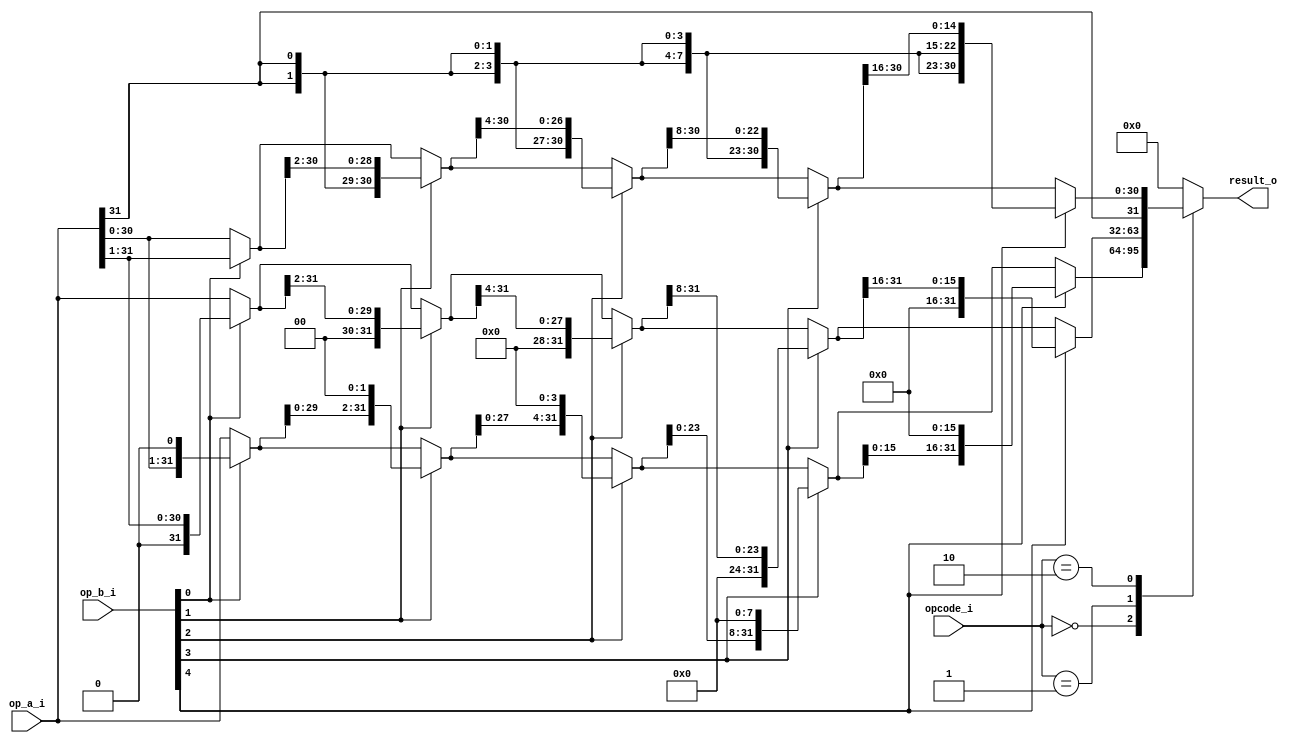
`timescale 1ns / 1ps
//////////////////////////////////////////////////////////////////////////////////
// Company: 
// Engineer: 
// 
// Design Name: 
// Module Name: shift_unit
// Project Name: 
// Target Devices: 
// Tool Versions: 
// Description: 
// alu
// Dependencies: 
// 
// Revision:
// Revision 0.01 - File Created
// Additional Comments:
// 
//////////////////////////////////////////////////////////////////////////////////
module shift_unit #(
    parameter LEFT_SHIFT = 2'b00,
    parameter RIGHT_LOGIC_SHIFT = 2'b01,
    parameter RIGHT_ARITHMETIC_SHIFT = 2'b10,
    parameter UNKNOWN_OPCODE_RESULT = 32'h0
)
(
    input  [31:0] op_a_i,
    input  [31:0] op_b_i,  // 5
    input  [1:0]  opcode_i,
    output [31:0] result_o
    );
    reg [31:0] tmp;
    always @(*) begin
        case(opcode_i)
            LEFT_SHIFT:begin
                tmp = (op_b_i[0]==1'b1)?{op_a_i[30:0], 1'b0}   :op_a_i;
                tmp = (op_b_i[1]==1'b1)?{tmp[29:0],    2'b0}   :tmp;
                tmp = (op_b_i[2]==1'b1)?{tmp[27:0],    4'b0}   :tmp;
                tmp = (op_b_i[3]==1'b1)?{tmp[23:0],    8'b0}   :tmp;
                tmp = (op_b_i[4]==1'b1)?{tmp[15:0],    16'b0}  :tmp;
            end
            RIGHT_LOGIC_SHIFT:begin
                tmp = (op_b_i[0]==1'b1)?{1'b0,  op_a_i[31:1]}:op_a_i;
                tmp = (op_b_i[1]==1'b1)?{2'b0,  tmp[31:2]}   :tmp;
                tmp = (op_b_i[2]==1'b1)?{4'b0,  tmp[31:4]}   :tmp;
                tmp = (op_b_i[3]==1'b1)?{8'b0,  tmp[31:8]}   :tmp;
                tmp = (op_b_i[4]==1'b1)?{16'b0, tmp[31:16]}  :tmp; 
            end
            RIGHT_ARITHMETIC_SHIFT: begin
                tmp = (op_b_i[0]==1'b1)?{{1{op_a_i[31]}},  op_a_i[31:1]}:op_a_i;
                tmp = (op_b_i[1]==1'b1)?{{2{op_a_i[31]}},  tmp[31:2]}   :tmp;
                tmp = (op_b_i[2]==1'b1)?{{4{op_a_i[31]}},  tmp[31:4]}   :tmp;
                tmp = (op_b_i[3]==1'b1)?{{8{op_a_i[31]}},  tmp[31:8]}   :tmp;
                tmp = (op_b_i[4]==1'b1)?{{16{op_a_i[31]}}, tmp[31:16]}  :tmp; 
            end
            default: tmp = UNKNOWN_OPCODE_RESULT;
        endcase
    end
    assign result_o = tmp;
endmodule